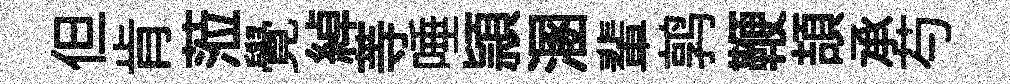
但肯蒞覺綽䓁唾頴溷輩鹑鞭頡承芍